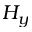
H _ { y }